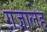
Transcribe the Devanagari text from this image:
ग़ज़ालेह